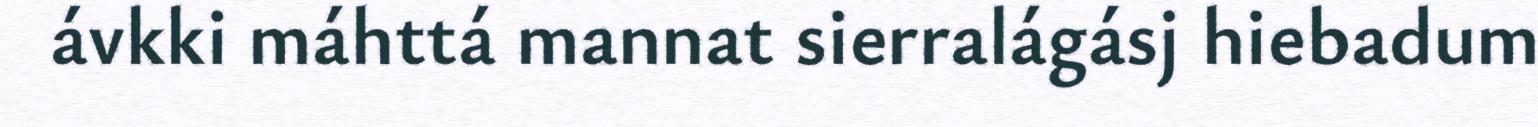
ávkki máhttá mannat sierralágásj hiebadum